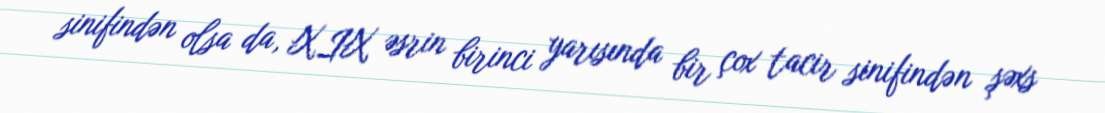
sinifindən olsa da, XIX əsrin birinci yarısında bir çox tacir sinifindən şəxs